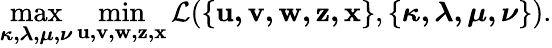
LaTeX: \operatorname*{max}_{\boldsymbol{\kappa,\lambda,\mu,\nu}}\operatorname*{min}_{\mathbf{u,v,w,z,x}}\mathcal{L}(\{ \mathbf{u,v,w,z,x}\} ,\{ \boldsymbol{\kappa,\lambda,\mu,\nu}\} ).